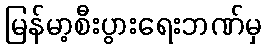
မြန်မာ့စီးပွားရေးဘဏ်မှ